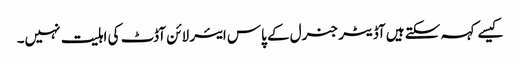
کیسے کہہ سکتے ہیں آڈیٹر جنرل کے پاس ایئر لائن آڈٹ کی اہلیت نہیں۔